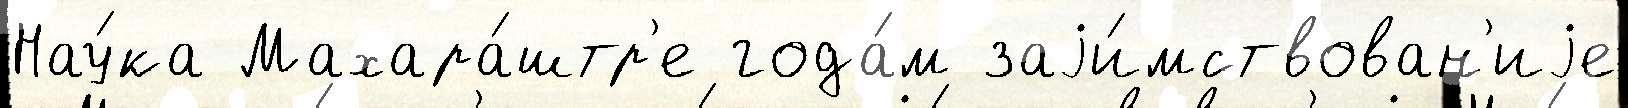
Нау́ка Махара́штр'е года́м заjи́мствован'иjе